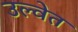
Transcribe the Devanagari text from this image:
उल्वेत